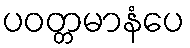
ပဝတ္တမာနံပေ